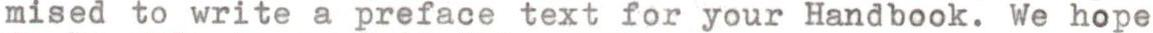
mised to write a preface text for your Handbook. We hope